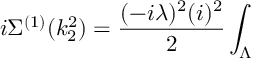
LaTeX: i \Sigma ^ { ( 1 ) } ( k _ { 2 } ^ { 2 } ) = \frac { ( - i \lambda ) ^ { 2 } ( i ) ^ { 2 } } { 2 } \int _ { \Lambda }